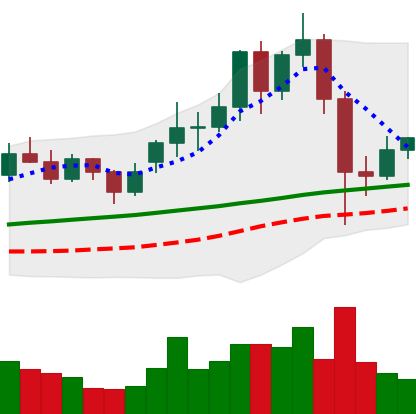
Ticker: LINK-USD
Chart end date: 2020-11-29
Forward return: -4.723%
Label: down_3_5